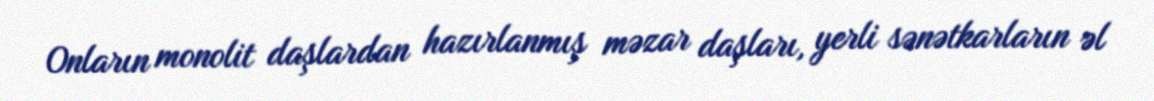
Onların monolit daşlardan hazırlanmış məzar daşları, yerli sənətkarların əl